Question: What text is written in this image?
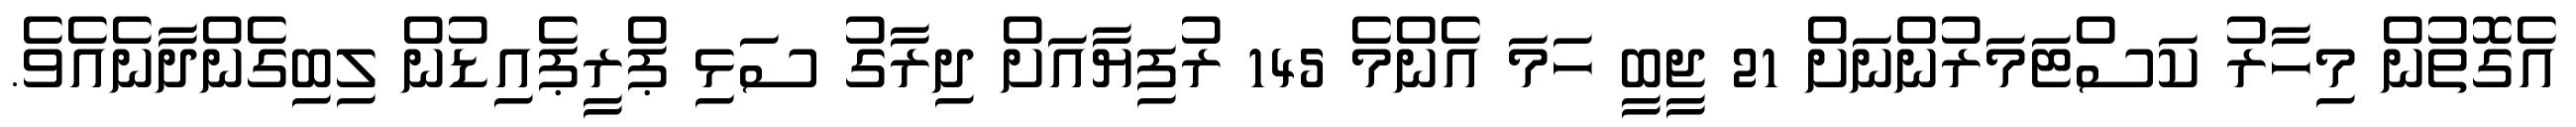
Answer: އެގޮތުން މިހާރު ކަސްޓަމަރުންނަށް 21 ޖީބީ ހަމަ އެންމެ 145 ރުފިޔާއަށް ދިރާގު ސަޅި ޕްރީޕެއިޑުން ލިބިގެންދާނެއެވެ.